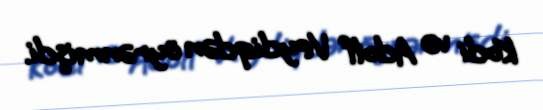
Kodi və Adolf Veydiqdən öyrənmişdi.